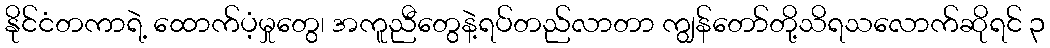
နိုင်ငံတကာရဲ့ ထောက်ပံ့မှုတွေ၊ အကူညီတွေနဲ့ရပ်တည်လာတာ ကျွန်တော်တို့သိရသလောက်ဆိုရင် ၃